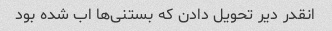
انقدر دیر تحویل دادن که بستنی‌ها اب شده بود